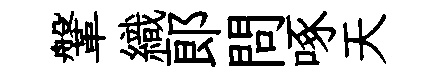
鞶織郞問啄天